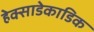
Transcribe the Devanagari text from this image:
हेक्साडेकाडिक